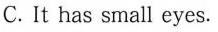
C.It has small eyes.